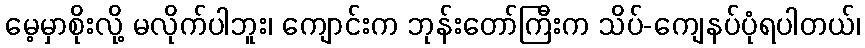
မေ့မှာစိုးလို့ မလိုက်ပါဘူး၊ ကျောင်းက ဘုန်းတော်ကြီးက သိပ်-ကျေနပ်ပုံရပါတယ်၊